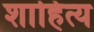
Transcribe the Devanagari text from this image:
शाहित्य